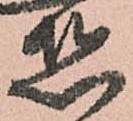
惑